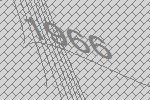
1966